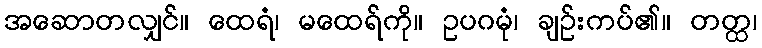
အဆောတလျှင်။ ထေရံ၊ မထေရ်ကို။ ဥပဂမုံ၊ ချဉ်းကပ်၏။ တတ္ထ၊